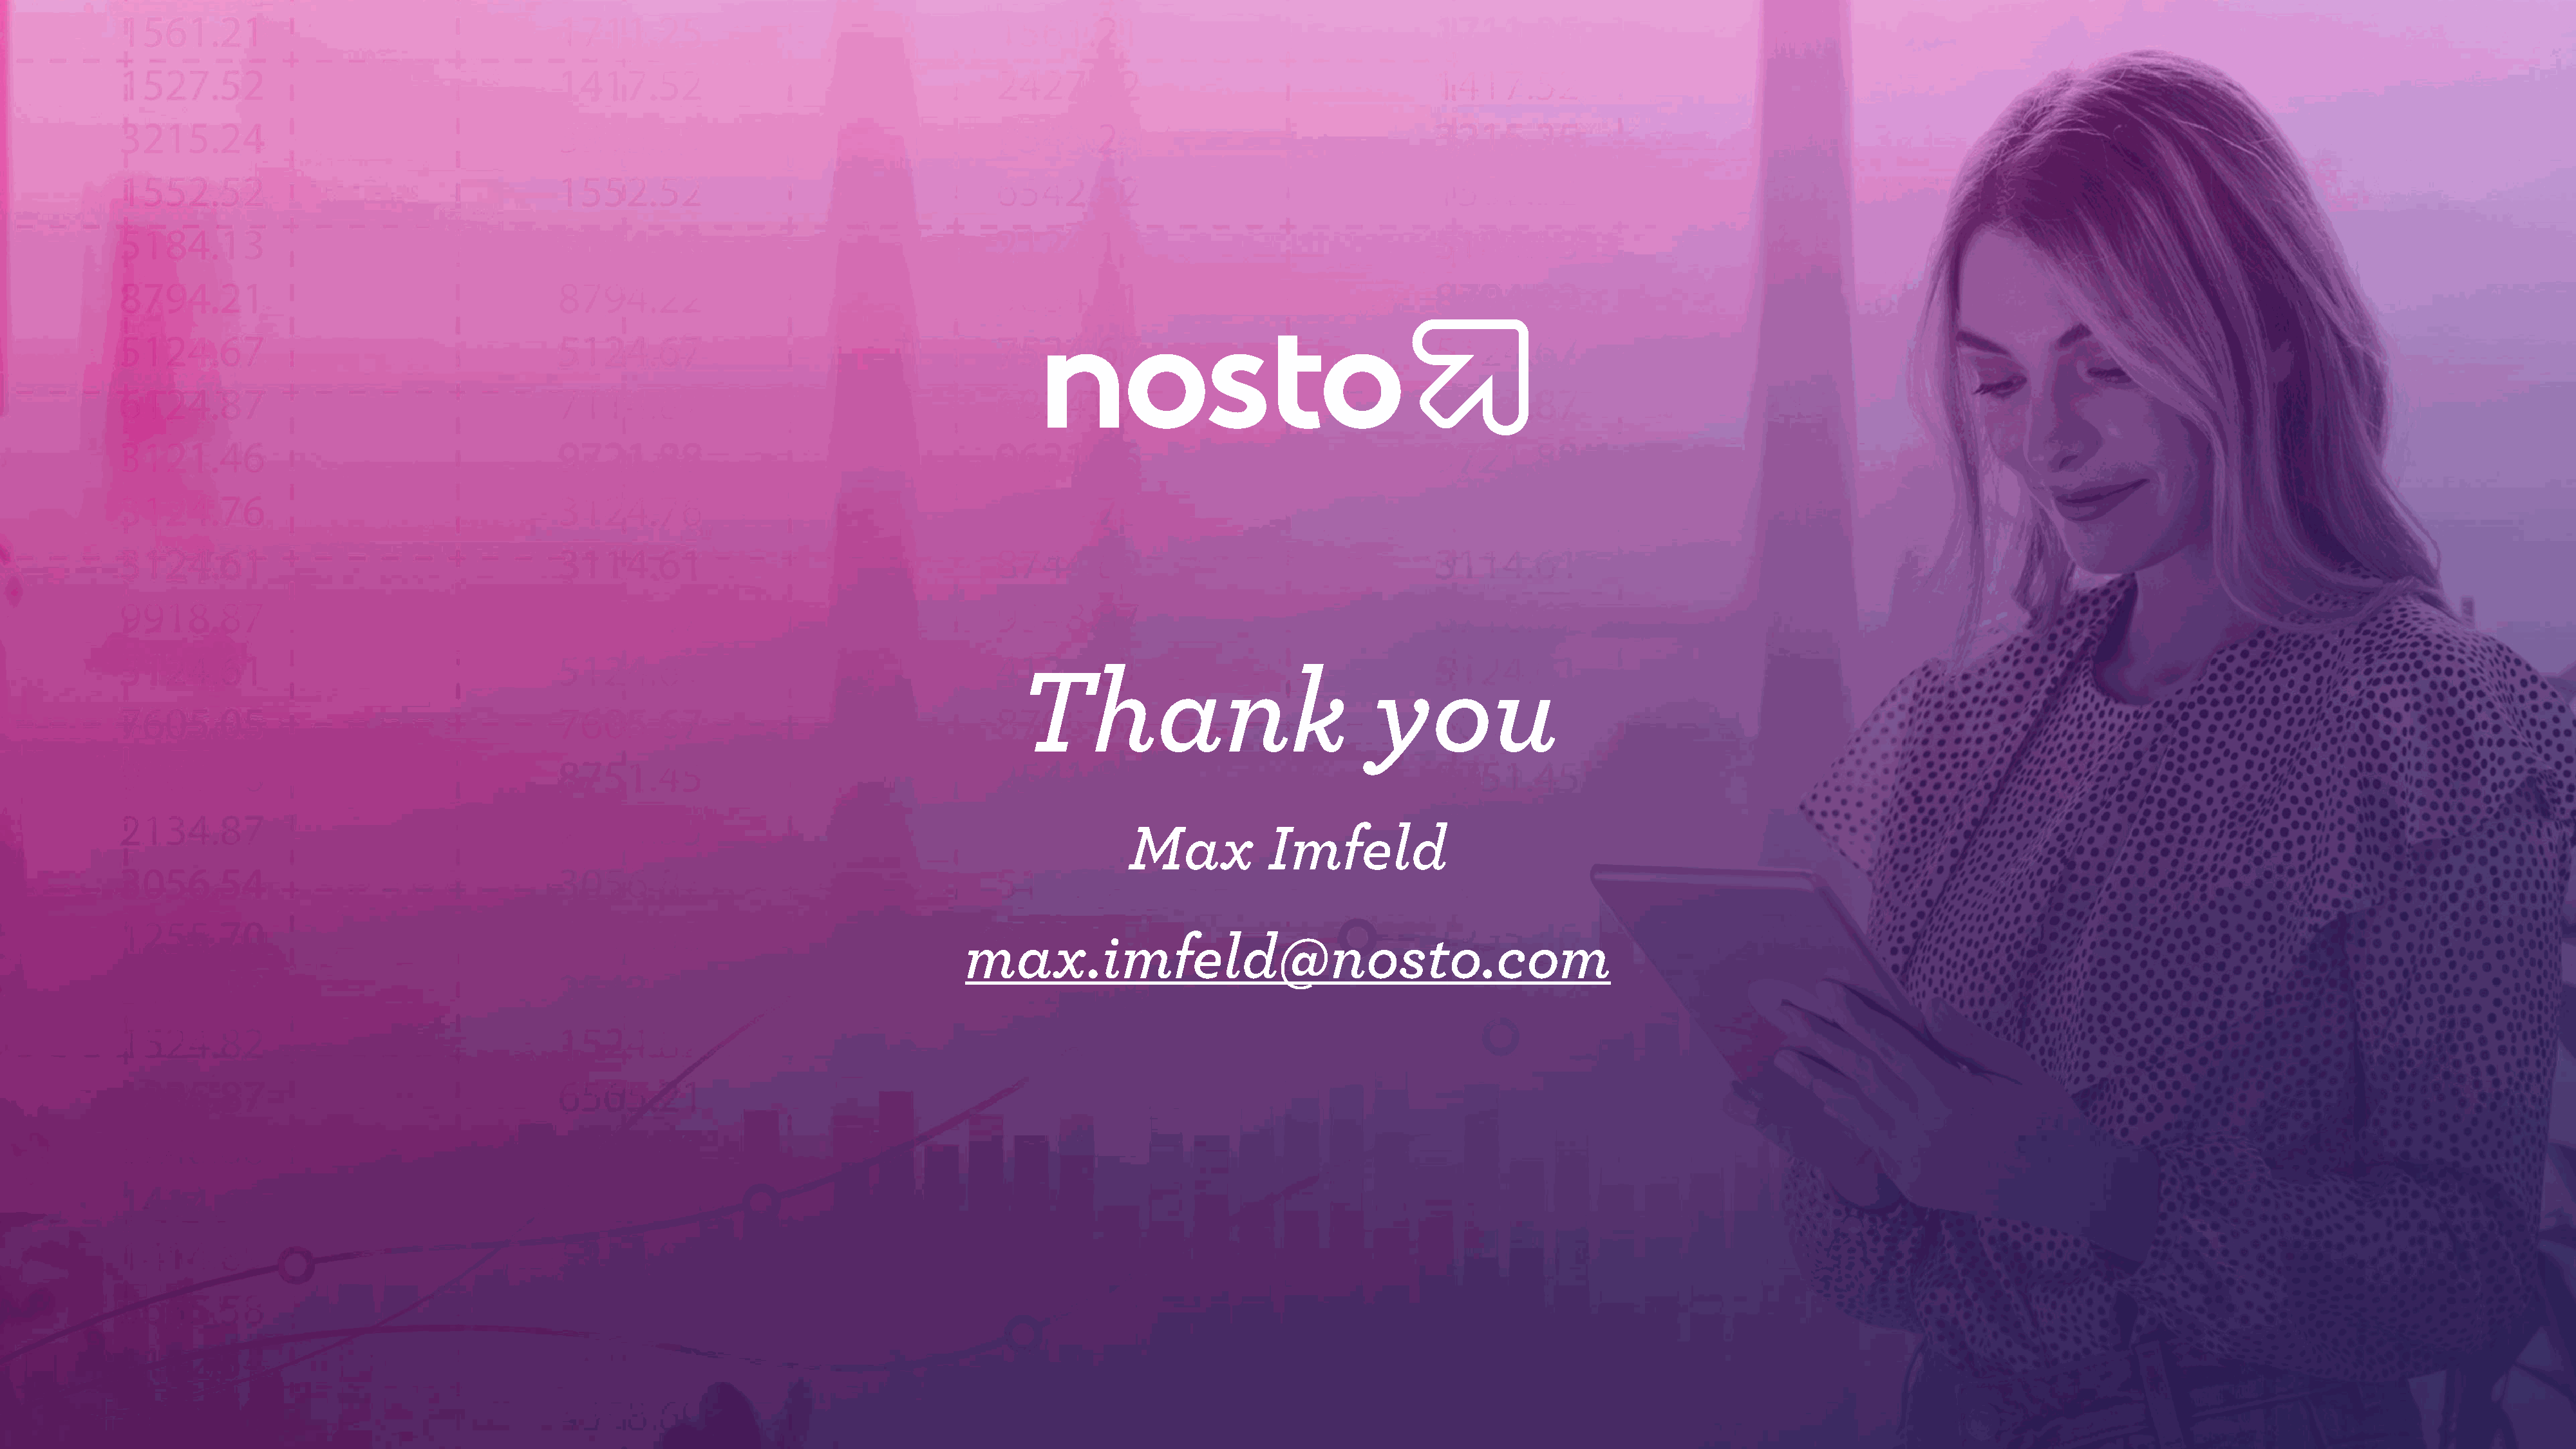
Thank                               you
 Max           Imfeld
 max.imfeld@nosto.com